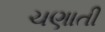
ચણાતી